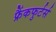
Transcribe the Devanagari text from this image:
फ्रैंकफुर्टर्स